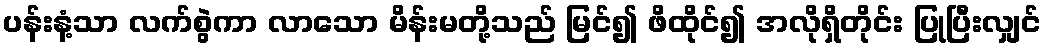
ပန်းနံ့သာ လက်စွဲကာ လာသော မိန်းမတို့သည် မြင်၍ ဖိထိုင်၍ အလိုရှိတိုင်း ပြုပြီးလျှင်